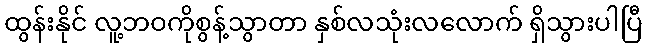
ထွန်းနိုင် လူ့ဘဝကိုစွန့်သွာတာ နှစ်လသုံးလလောက် ရှိသွားပါပြီ